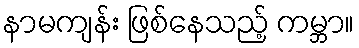
နာမကျန်း ဖြစ်နေသည့် ကမ္ဘာ။